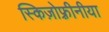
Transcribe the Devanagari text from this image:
स्किज़ोफ़्रीनीया